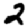
Digit: 2